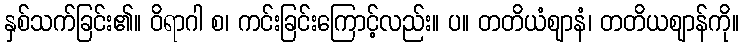
နှစ်သက်ခြင်း၏။ ဝိရာဂါ စ၊ ကင်းခြင်းကြောင့်လည်း။ ပ။ တတိယံဈာနံ၊ တတိယဈာန်ကို။